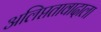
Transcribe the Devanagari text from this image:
अलिप्ततावादाला